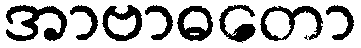
အာဗာဓတော